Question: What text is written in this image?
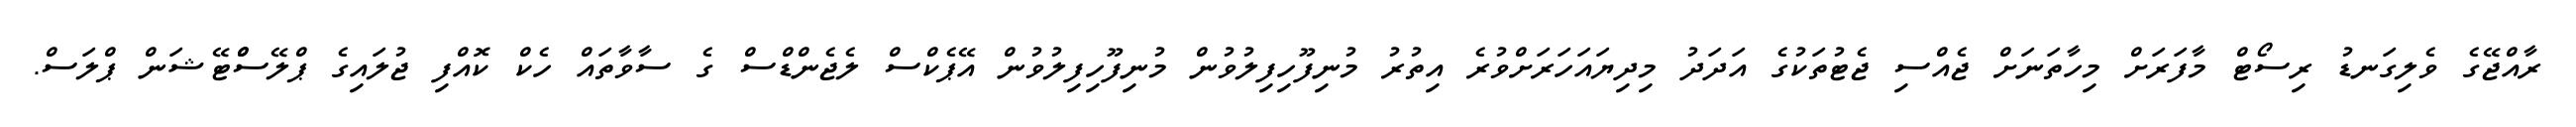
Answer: ރާއްޖޭގެ ވެލިގަނޑު ރިސޯޓް މާފަރަށް މިހާތަނަށް ޖެއްސި ޖެޓުތަކުގެ އަދަދު މިދިޔައަހަރަށްވުރެ އިތުރު މުނިފޫހިފިލުވުން މުނިފޫހިފިލުވުން އޭޕެކްސް ލެޖެންޑްސް ގެ ސާވާތައް ހެކް ކޮއްފި ޖުލައިގެ ޕްލޭސްްޓޭޝަން ޕްލަސް.